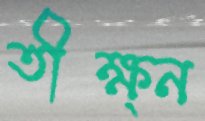
তীক্ষ্ন